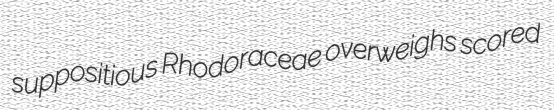
suppositious Rhodoraceae overweighs scored